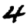
Digit: 4